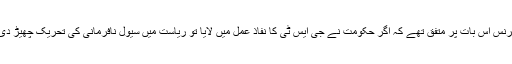
شُرکاءِ کانفرنس اس بات پر متفق تھے کہ اگر حکومت نے جی ایس ٹی کا نفاذ عمل میں لایا تو ریاست میں سیول نافرمانی کی تحریک چھیڑ دی جائے گی۔